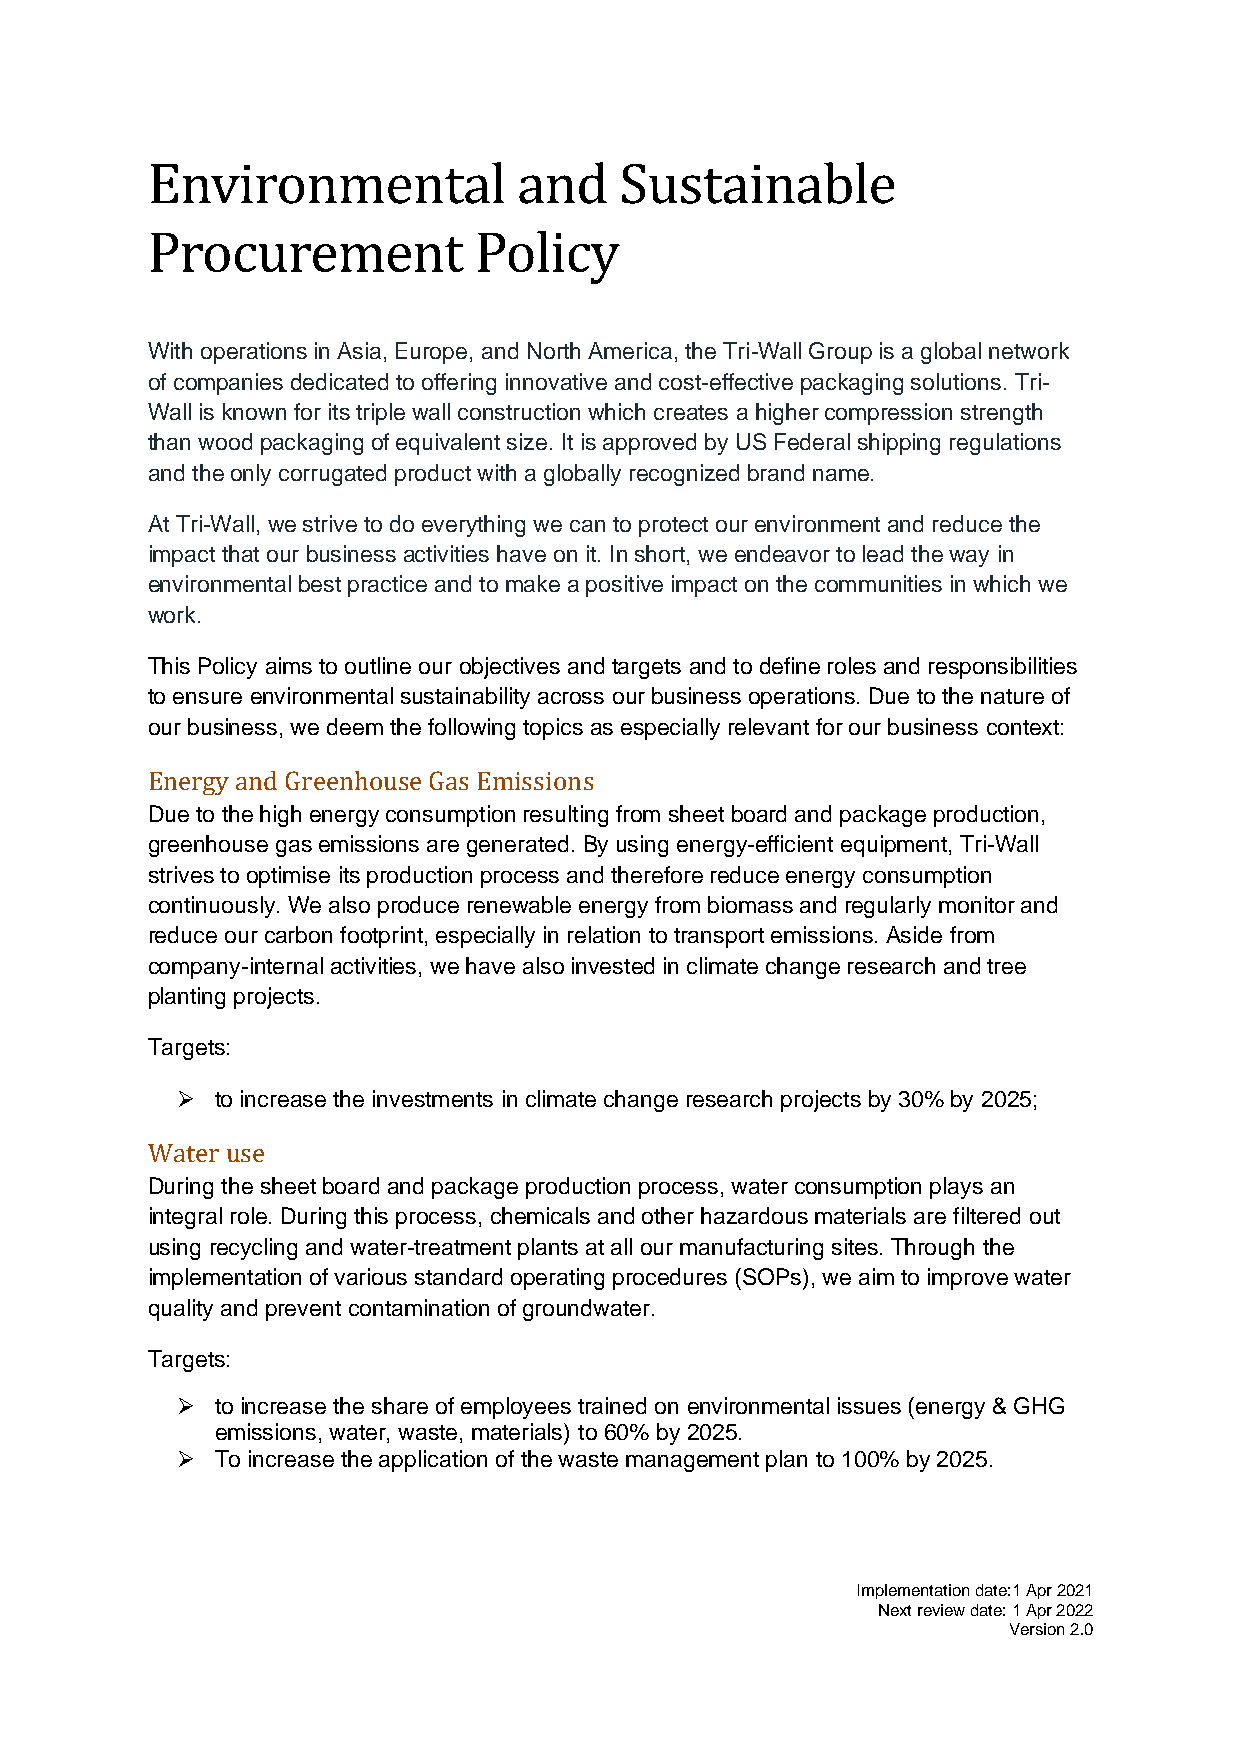
Environmental           and    Sustainable
 Procurement          Policy
 With operations in Asia, Europe, and North America, the Tri-Wall Group is a global network
 of companies dedicated to offering innovative and cost-effective packaging solutions. Tri-
 Wall is known for its triple wall construction which creates a higher compression strength
 than wood packaging of equivalent size. It is approved by US Federal shipping regulations
 and the only corrugated product with a globally recognized brand name.
 At Tri-Wall, we strive to do everything we can to protect our environment and reduce the
 impact that our business activities have on it. In short, we endeavor to lead the way in
 environmental best practice and to make a positive impact on the communities in which we
 work.
 This Policy aims to outline our objectives and targets and to define roles and responsibilities
 to ensure environmental sustainability across our business operations. Due to the nature of
 our business, we deem the following topics as especially relevant for our business context:
 Energy and Greenhouse Gas Emissions
 Due to the high energy consumption resulting from sheet board and package production,
 greenhouse gas emissions are generated. By using energy-efficient equipment, Tri-Wall
 strives to optimise its production process and therefore reduce energy consumption
 continuously. We also produce renewable energy from biomass and regularly monitor and
 reduce our carbon footprint, especially in relation to transport emissions. Aside from
 company-internal activities, we have also invested in climate change research and tree
 planting projects.
 Targets:
 ➢ to increase the investments in climate change research projects by 30% by 2025;
 Water use
 During the sheet board and package production process, water consumption plays an
 integral role. During this process, chemicals and other hazardous materials are filtered out
 using recycling and water-treatment plants at all our manufacturing sites. Through the
 implementation of various standard operating procedures (SOPs), we aim to improve water
 quality and prevent contamination of groundwater.
 Targets:
 ➢ to increase the share of employees trained on environmental issues (energy & GHG
 emissions, water, waste, materials) to 60% by 2025.
 ➢ To increase the application of the waste management plan to 100% by 2025.
 Implementation date:1 Apr 2021
 Next review date: 1 Apr 2022
 Version 2.0